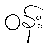
ဝန်း